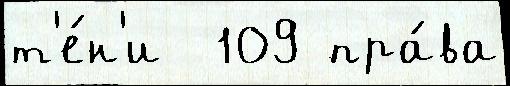
т'е́н'и  109 пра́ва